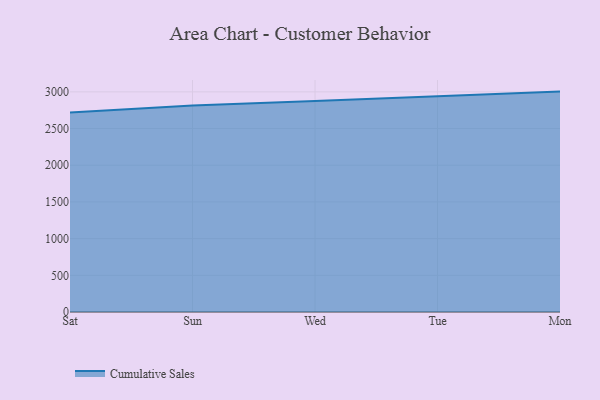
{"axis": {"x": "Day", "y": "Bounce Rate (%)"}, "legend": ["Cumulative Sales"], "data": [{"x": "Sat", "y": 2717.5, "type": "Cumulative Sales"}, {"x": "Sun", "y": 2814.5, "type": "Cumulative Sales"}, {"x": "Wed", "y": 2875.5, "type": "Cumulative Sales"}, {"x": "Tue", "y": 2935.7, "type": "Cumulative Sales"}, {"x": "Mon", "y": 3003.5, "type": "Cumulative Sales"}]}